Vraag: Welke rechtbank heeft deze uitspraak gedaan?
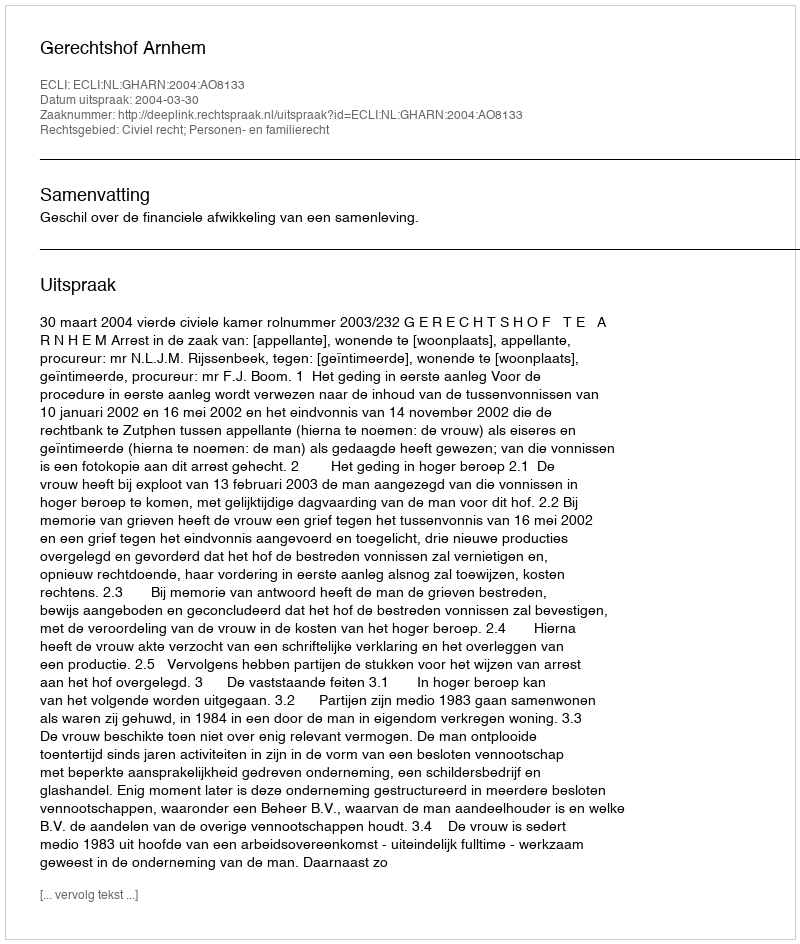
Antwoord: Gerechtshof Arnhem